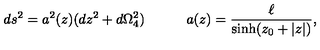
d s ^ { 2 } = a ^ { 2 } ( z ) ( d z ^ { 2 } + d \Omega _ { 4 } ^ { 2 } ) \quad \qquad a ( z ) = \frac { \ell } { \sinh ( z _ { 0 } + | z | ) } ,